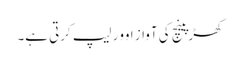
کھڑپینچ کی آواز اوور لیپ کرتی ہے۔